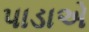
પાડાએ